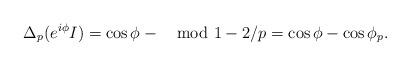
LaTeX: \begin{align*}\Delta_p(e^{i\phi}I)=\cos\phi-\mod{1-2/p}=\cos\phi-\cos\phi_{p}.\end{align*}